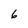
Character: 6